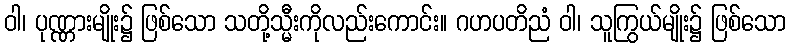
ဝါ၊ ပုဏ္ဏားမျိုး၌ ဖြစ်သော သတို့သ္မီးကိုလည်းကောင်း။ ဂဟပတိညံ ဝါ၊ သူကြွယ်မျိုး၌ ဖြစ်သော